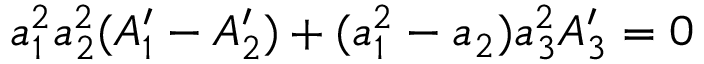
a _ { 1 } ^ { 2 } a _ { 2 } ^ { 2 } ( A _ { 1 } ^ { \prime } - A _ { 2 } ^ { \prime } ) + ( a _ { 1 } ^ { 2 } - a _ { 2 } ) a _ { 3 } ^ { 2 } A _ { 3 } ^ { \prime } = 0